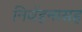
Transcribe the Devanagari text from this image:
निर्वहनासह